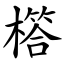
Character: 㯚